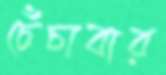
চেঁচাবার